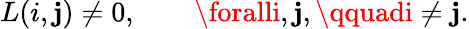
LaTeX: L(i,\mathbf{j})\ne0,\qquad\foralli,\mathbf{j},\qquadi\ne\mathbf{j}.